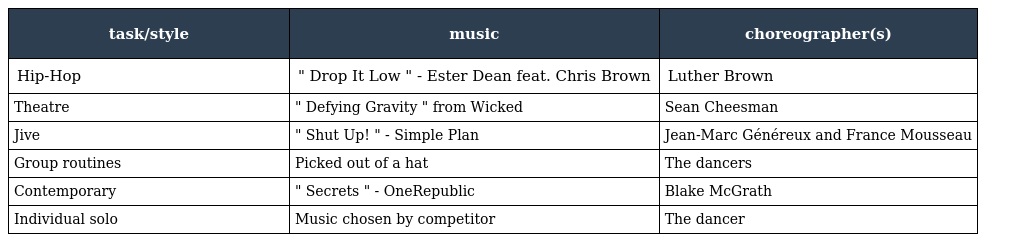
| task/style | music | choreographer(s) |
 | --- | --- | --- |
 | Hip-Hop | " Drop It Low " - Ester Dean feat. Chris Brown | Luther Brown |
 | Theatre | " Defying Gravity " from Wicked | Sean Cheesman |
 | Jive | " Shut Up! " - Simple Plan | Jean-Marc Généreux and France Mousseau |
 | Group routines | Picked out of a hat | The dancers |
 | Contemporary | " Secrets " - OneRepublic | Blake McGrath |
 | Individual solo | Music chosen by competitor | The dancer |